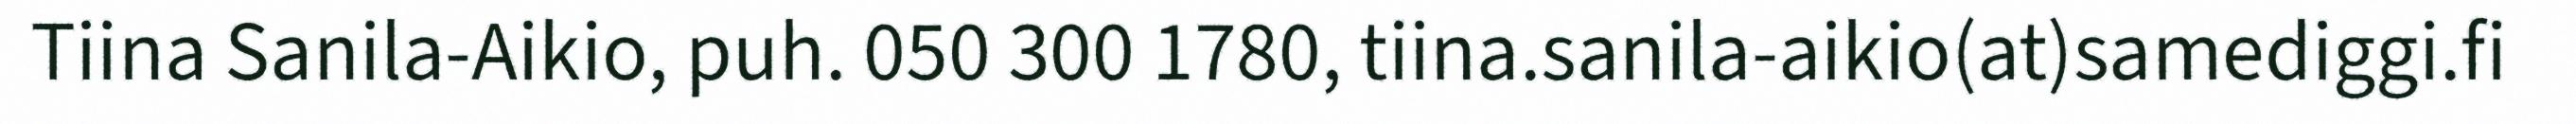
Tiina Sanila-Aikio, puh. 050 300 1780, tiina.sanila-aikio(at)samediggi.fi